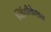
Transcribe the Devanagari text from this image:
व्हिंडीकेशन